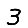
Digit: 3